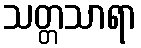
သတ္တသာရာ